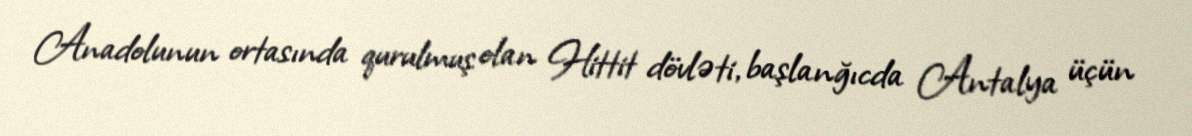
Anadolunun ortasında qurulmuş olan Hittit dövləti, başlanğıcda Antalya üçün